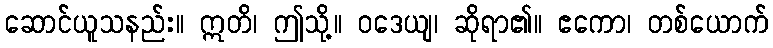
ဆောင်ယူသနည်း။ ဣတိ၊ ဤသို့။ ဝဒေယျ၊ ဆိုရာ၏။ ဧကော၊ တစ်ယောက်